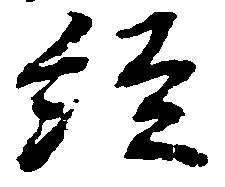
経